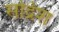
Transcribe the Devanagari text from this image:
सद्रिश